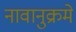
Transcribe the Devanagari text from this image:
नावानुक्रमे